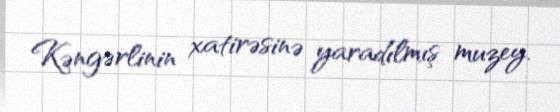
Kəngərlinin xatirəsinə yaradılmış muzey.